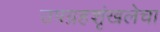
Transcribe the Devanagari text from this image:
उपग्रहशृंखलेचा